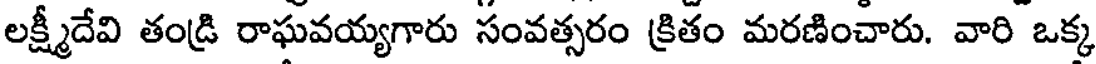
లక్ష్మీదేవి తండ్రి రాఘవయ్యగారు సంవత్సరం క్రితం మరణించారు. వారి ఒక్క